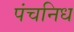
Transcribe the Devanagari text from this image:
पंचनिध